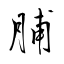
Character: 脯